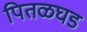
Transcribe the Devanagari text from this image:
पितळघड